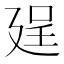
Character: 𢌥